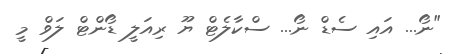
"ނޯ... އައި ސެޑް ނޯ... ސްކާލެޓް ޔޫ ރިއަލީ ޑޯންޓް ލަވް މީ